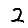
Digit: 2